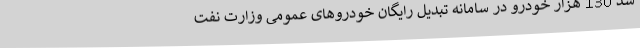
شد 130 هزار خودرو در سامانه تبدیل رایگان خودروهای عمومی وزارت نفت